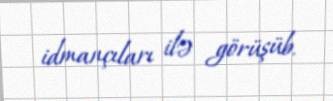
idmançıları ilə görüşüb.